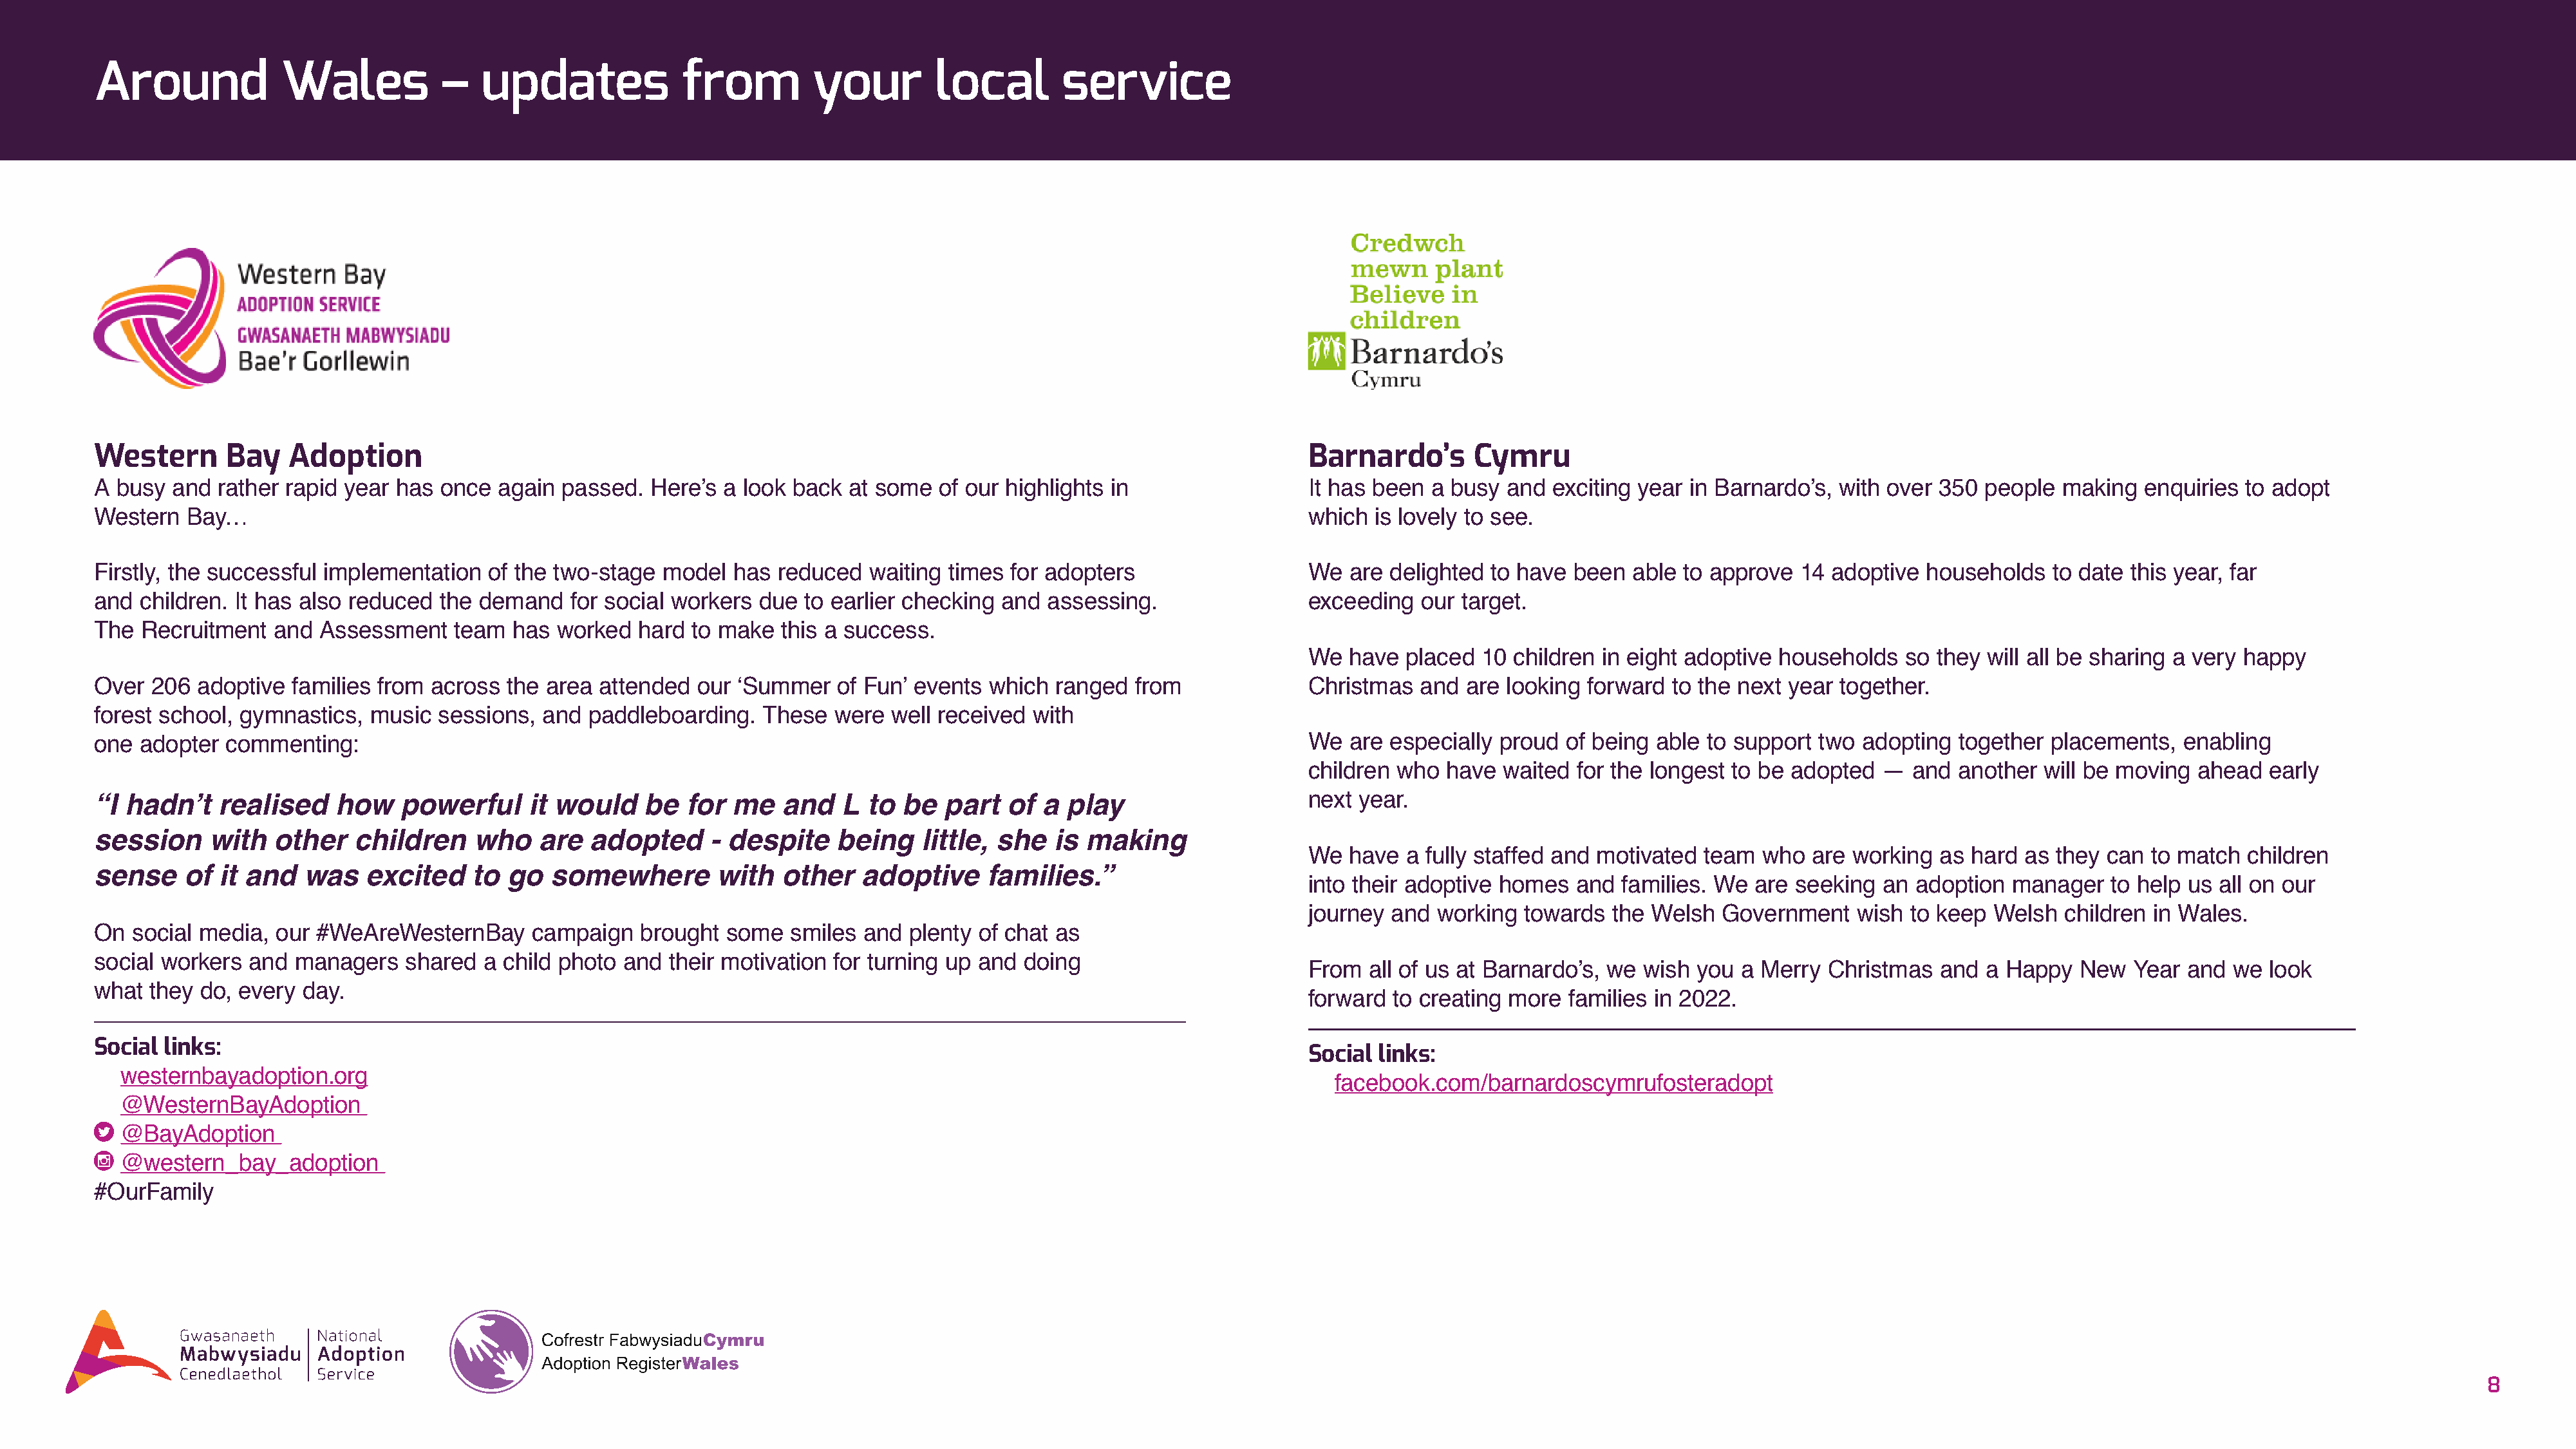
Around             Wales           –   updates              from          your        local        service
 Western      Bay    Adoption                                                                                                Barnardo’s        Cymru
 A busy  and rather rapid year  has once  again  passed.  Here’s a look back  at some   of our highlights in                 It has been  a busy  and  exciting year in Barnardo’s, with over 350  people  making  enquiries  to adopt
 Western  Bay…                                                                                                               which  is lovely to see.
 Firstly, the successful implementation  of the two-stage  model  has  reduced  waiting times  for adopters                  We   are delighted to have  been  able to approve  14 adoptive  households   to date this year, far
 and children. It has also reduced  the demand    for social workers due  to earlier checking and  assessing.                exceeding   our target.
 The  Recruitment  and  Assessment    team  has worked   hard to make  this a success.
 We   have  placed 10  children in eight adoptive households   so they will all be sharing a very happy
 Over  206 adoptive  families from across  the area  attended  our ‘Summer   of Fun’ events  which  ranged  from             Christmas   and  are looking forward  to the next year together.
 forest school, gymnastics,  music  sessions,  and paddleboarding.   These   were  well received with
 one adopter  commenting:                                                                                                    We   are especially proud  of being able to support  two adopting  together  placements,  enabling
 children  who  have  waited for the longest to be adopted  —   and another  will be moving  ahead  early
 “I hadn’t   realised    how    powerful     it would    be   for me   and    L to  be  part   of a  play                    next  year.
 session    with   other   children     who   are   adopted     - despite    being    little, she  is  making
 We   have  a fully staffed and motivated team  who  are working  as  hard as they  can to match  children
 sense    of  it and  was    excited    to go   somewhere        with  other    adoptive    families.”
 into their adoptive homes   and  families. We are  seeking  an adoption  manager   to help us all on our
 journey  and  working  towards  the Welsh  Government    wish to keep  Welsh  children in Wales.
 On  social media, our  #WeAreWesternBay      campaign   brought  some  smiles  and plenty  of chat as
 social workers  and managers    shared  a child photo and  their motivation for turning up and doing
 From   all of us at Barnardo’s, we wish you  a Merry  Christmas  and  a Happy   New  Year  and  we look
 what they  do, every day.
 forward  to creating more  families in 2022.
 Social links:
 Social  links:
 westernbayadoption.org
 facebook.com/barnardoscymrufosteradopt
 @WesternBayAdoption
 @BayAdoption
 @western_bay_adoption
 #OurFamily
 8